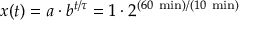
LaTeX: x ( t ) = a \cdot b ^ { t / \tau } = 1 \cdot 2 ^ { ( 6 0 { \mathrm { ~ m i n } } ) / ( 1 0 { \mathrm { ~ m i n } } ) }